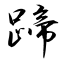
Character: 蹄